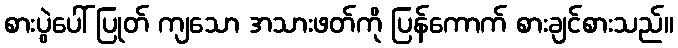
စားပွဲပေါ် ပြုတ် ကျသော အသားဖတ်ကို ပြန်ကောက် စားချင်စားသည်။